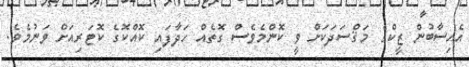
އެހިސާބުން ޒީކްގެ މަޤްސަދަކަށް ވީ ކޮންމެވެސް ގޮތެއް ހަދާފައި ކޮއްކޮގެ ކޮޓަރިއަށް ވަނުމެވެ.